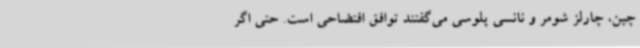
چین، چارلز شومر و نانسی پلوسی می‌گفتند توافق افتضاحی است. حتی اگر